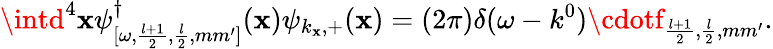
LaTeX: \intd^{4}\mathbf{x}\psi_{[\omega,\frac{{l+1}}{{2}},\frac{{l}}{{2}},mm^{\prime}]}^{\dagger}(\mathbf{x})\psi_{k_{\mathbf{x}},+}(\mathbf{x})=(2\pi)\delta(\omega-k^{0})\cdotf_{\frac{{l+1}}{{2}},\frac{{l}}{{2}},mm^{\prime}}.